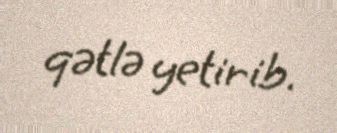
qətlə yetirib.